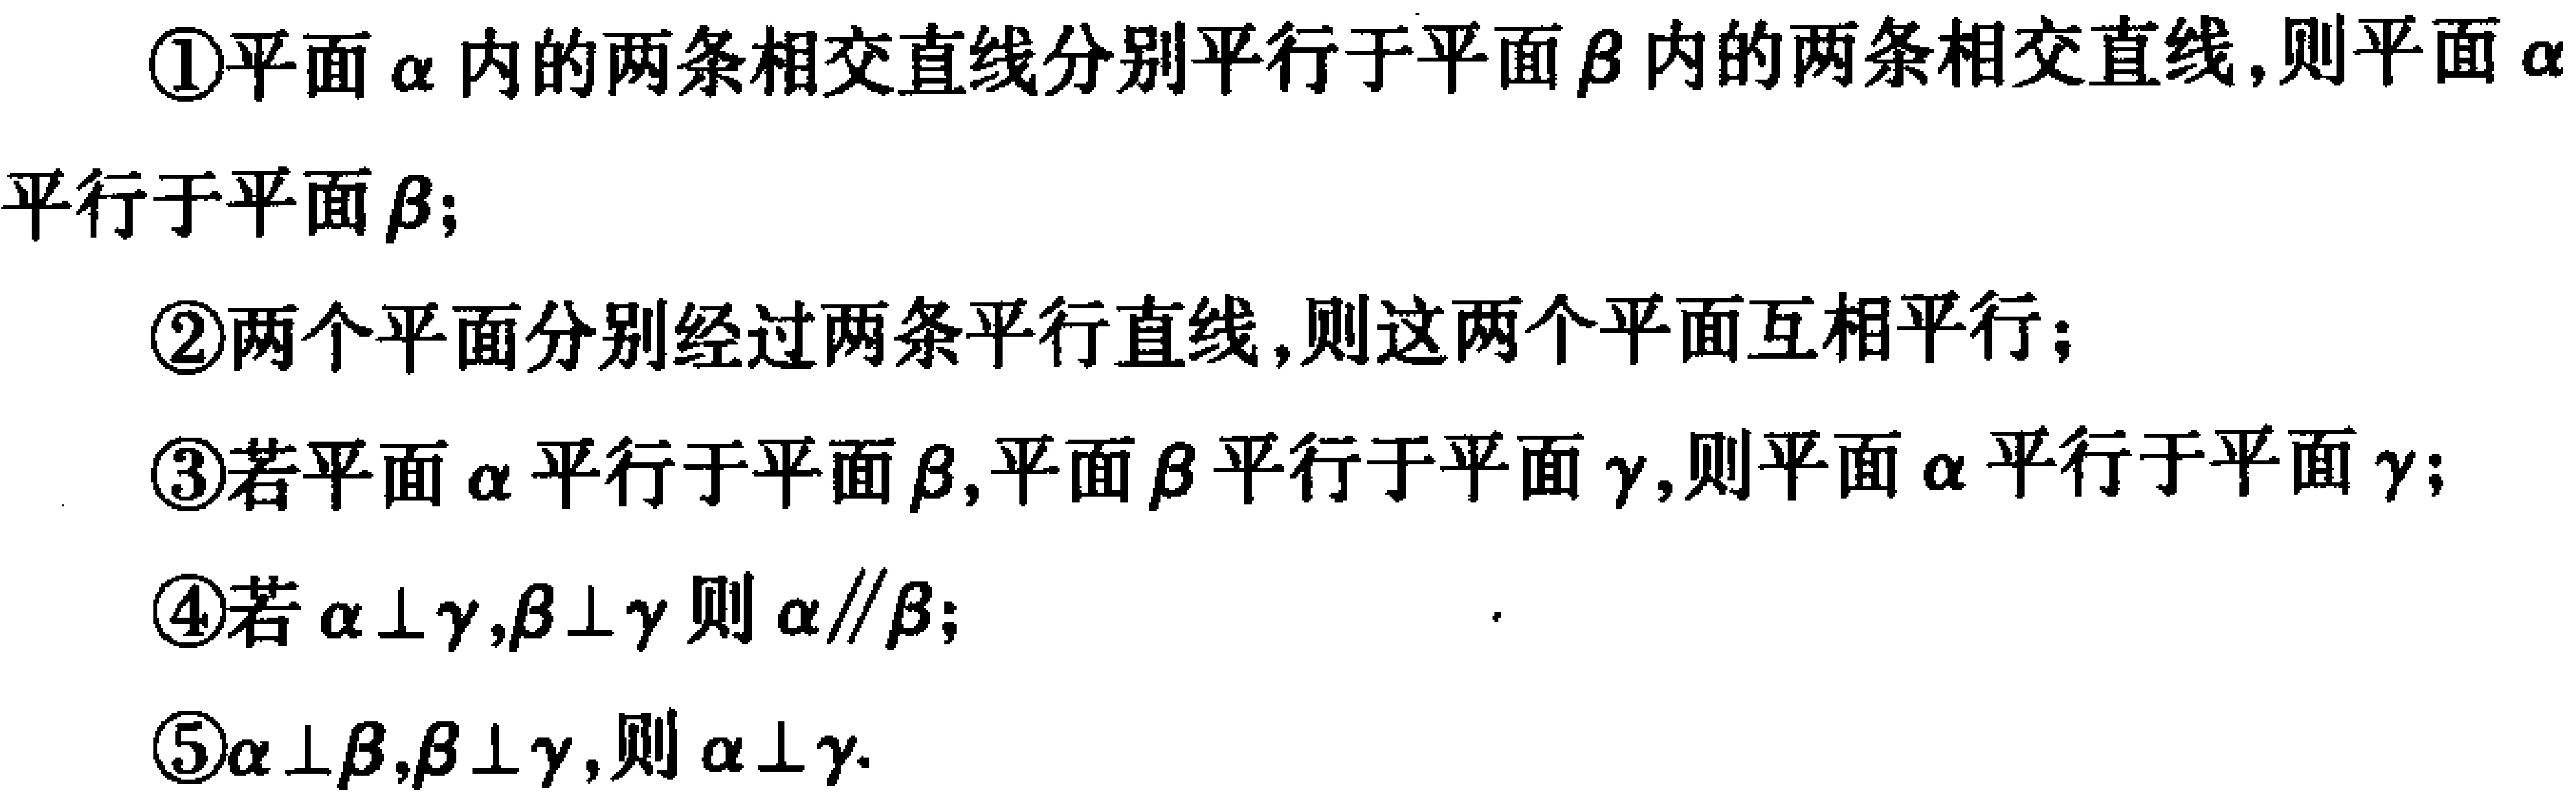
\textcircled{1}平面$\alpha$内的两条相交直线分别平行于平面$\beta$内的两条相交直线,则平面$\alpha$平行于平面$\beta$;
\textcircled{2}两个平面分别经过两条平行直线,则这两个平面互相平行;
\textcircled{3}若平面$\alpha$平行于平面$\beta$,平面$\beta$平行于平面$\gamma$,则平面$\alpha$平行于平面$\gamma$;
\textcircled{4}若$\alpha\perp\gamma,\beta\perp\gamma$则$\alpha\parallel\beta$;
\textcircled{5}$\alpha\perp\beta,\beta\perp\gamma$,则$\alpha\perp\gamma$.